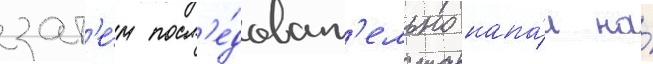
зат'е́м посл'е́доват'ельно напа́л на́